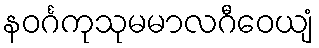
နဝင်္ဂကုသုမမာလဂီဝေယျံ